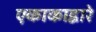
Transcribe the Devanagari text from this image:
एकाकाद्वारे